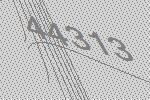
44313